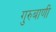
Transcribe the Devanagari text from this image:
गुरुबाणी